Calcutta medical institutions reports 1879-81 [i.e.91]
Year: 1879
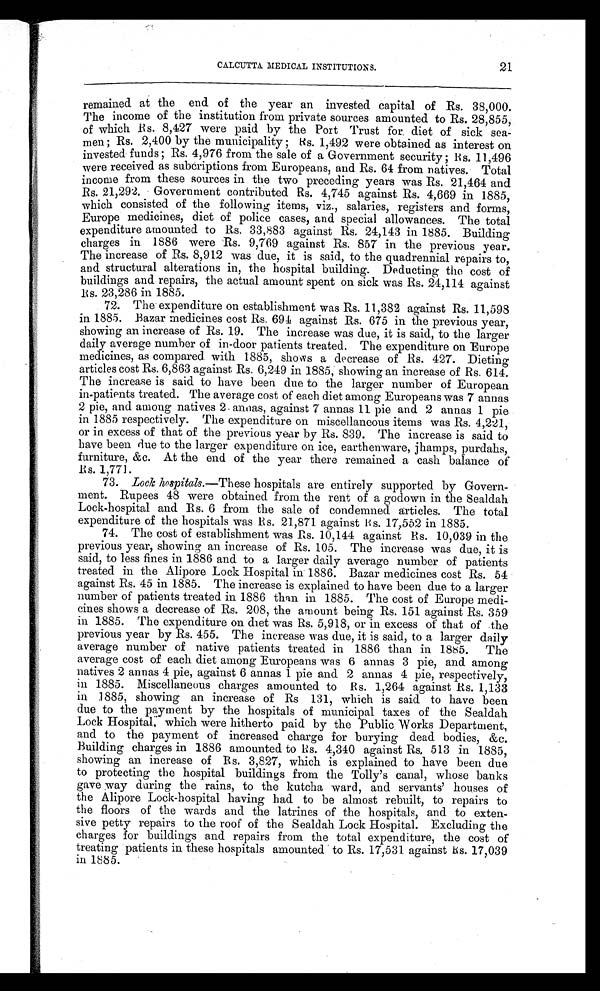
CALCUTTA MEDICAL INSTITUTIONS.
21
remained at the end of the year an invested capital of Rs. 38,000.
The income of the institution from private sources amounted to Rs. 28,855,
of which Rs. 8,427 were paid by the Port Trust for diet of sick sea-
men ; Rs. 2,400 by the municipality ; Rs. 1,492 were obtained as interest on
invested funds ; Rs. 4,976 from the sale of a Government security ; Rs. 11,496
were received as subcriptions from Europeans, and Rs. 64 from natives. Total
income from these sources in the two preceding years was Rs. 21,464 and
Rs. 21,292. Government contributed Rs. 4,745 against Rs. 4,669 in 1885,
which consisted of the following items, viz., salaries, registers and forms,
Europe medicines, diet of police cases, and special allowances. The total
expenditure amounted to Rs. 33,883 against Rs. 24,143 in 1885. Building
charges in 1886 were Rs. 9,769 against Rs. 857 in the previous year.
The increase of Rs. 8,912 was due, it is said, to the quadrennial repairs to,
and structural alterations in, the hospital building. Deducting the cost of
buildings and repairs, the actual amount spent on sick was Rs. 24,114 against
Rs. 23,286 in 1885.
72.
The expenditure on establishment was Rs. 11,382 against Rs. 11,598
in 1885. Bazar medicines cost Rs. 694 against Rs. 675 in the previous year,
showing an increase of Rs. 19. The increase was due, it is said, to the larger
daily average number of in-door patients treated. The expenditure on Europe
medicines, as compared with 1885, shows a decrease of Rs. 427. Dieting
articles cost Rs. 6,863 against Rs. 6,249 in 1885, showing an increase of Rs. 614.
The increase is said to have been due to the larger number of European
in-patients treated. The average cost of each diet among Europeans was 7 annas
2 pie, and among natives 2 annas, against 7 annas 11 pie and 2 annas 1 pie
in 1885 respectively. The expenditure on miscellaneous items was Rs. 4,221,
or in excess of that of the previous year by Rs. 839. The increase is said to
have been due to the larger expenditure on ice, earthenware, jhamps, purdahs,
furniture, &c. At the end of the year there remained a cash balance of
Rs. 1,771.
73. Lock hospitals.—These hospitals are entirely supported by Govern-
ment. Rupees 48 were obtained from the rent of a godown in the Sealdah
Lock-hospital and Rs. 6 from the sale of condemned articles. The total
expenditure of the hospitals was Rs. 21,871 against Rs. 17,552 in 1885.
74. The cost of establishment was Rs. 10,144 against Rs. 10,039 in the
previous year, showing an increase of Rs. 105. The increase was due, it is
said, to less fines in 1886 and to a larger daily average number of patients
treated in the Alipore Lock Hospital in 1886. Bazar medicines cost Rs. 54
against Rs. 45 in 1885. The increase is explained to have been due to a larger
number of patients treated in 1886 than in 1885. The cost of Europe medi-
cines shows a decrease of Rs. 208, the amount being Rs. 151 against Rs. 359
in 1885. The expenditure on diet was Rs. 5,918, or in excess of that of the
previous year by Rs. 455. The increase was due, it is said, to a larger daily
average number of native patients treated in 1886 than in 1885. The
average cost of each diet among Europeans was 6 annas 3 pie, and among
natives 2 annas 4 pie, against 6 annas 1 pie and 2 annas 4 pie, respectively,
in 1885. Miscellaneous charges amounted to Rs. 1,264 against Rs. 1,133
in 1885, showing an increase of Rs 131, which is said to have been
due to the payment by the hospitals of municipal taxes of the Sealdah
Lock Hospital, which were hitherto paid by the Public Works Department,
and to the payment of increased charge for burying dead bodies, &c.
Building charges in 1886 amounted to Rs. 4,340 against Rs. 513 in 1885,
showing an increase of Rs. 3,827, which is explained to have been due
to protecting the hospital buildings from the Tolly’s canal, whose banks
gave way during the rains, to the kutcha ward, and servants’ houses of
the Alipore Lock-hospital having had to be almost rebuilt, to repairs to
the floors of the wards and the latrines of the hospitals, and to exten-
sive petty repairs to the roof of the Sealdah Lock Hospital. Excluding the
charges for buildings and repairs from the total expenditure, the cost of
treating patients in these hospitals amounted to Rs. 17,531 against Rs. 17,039
in 1885.